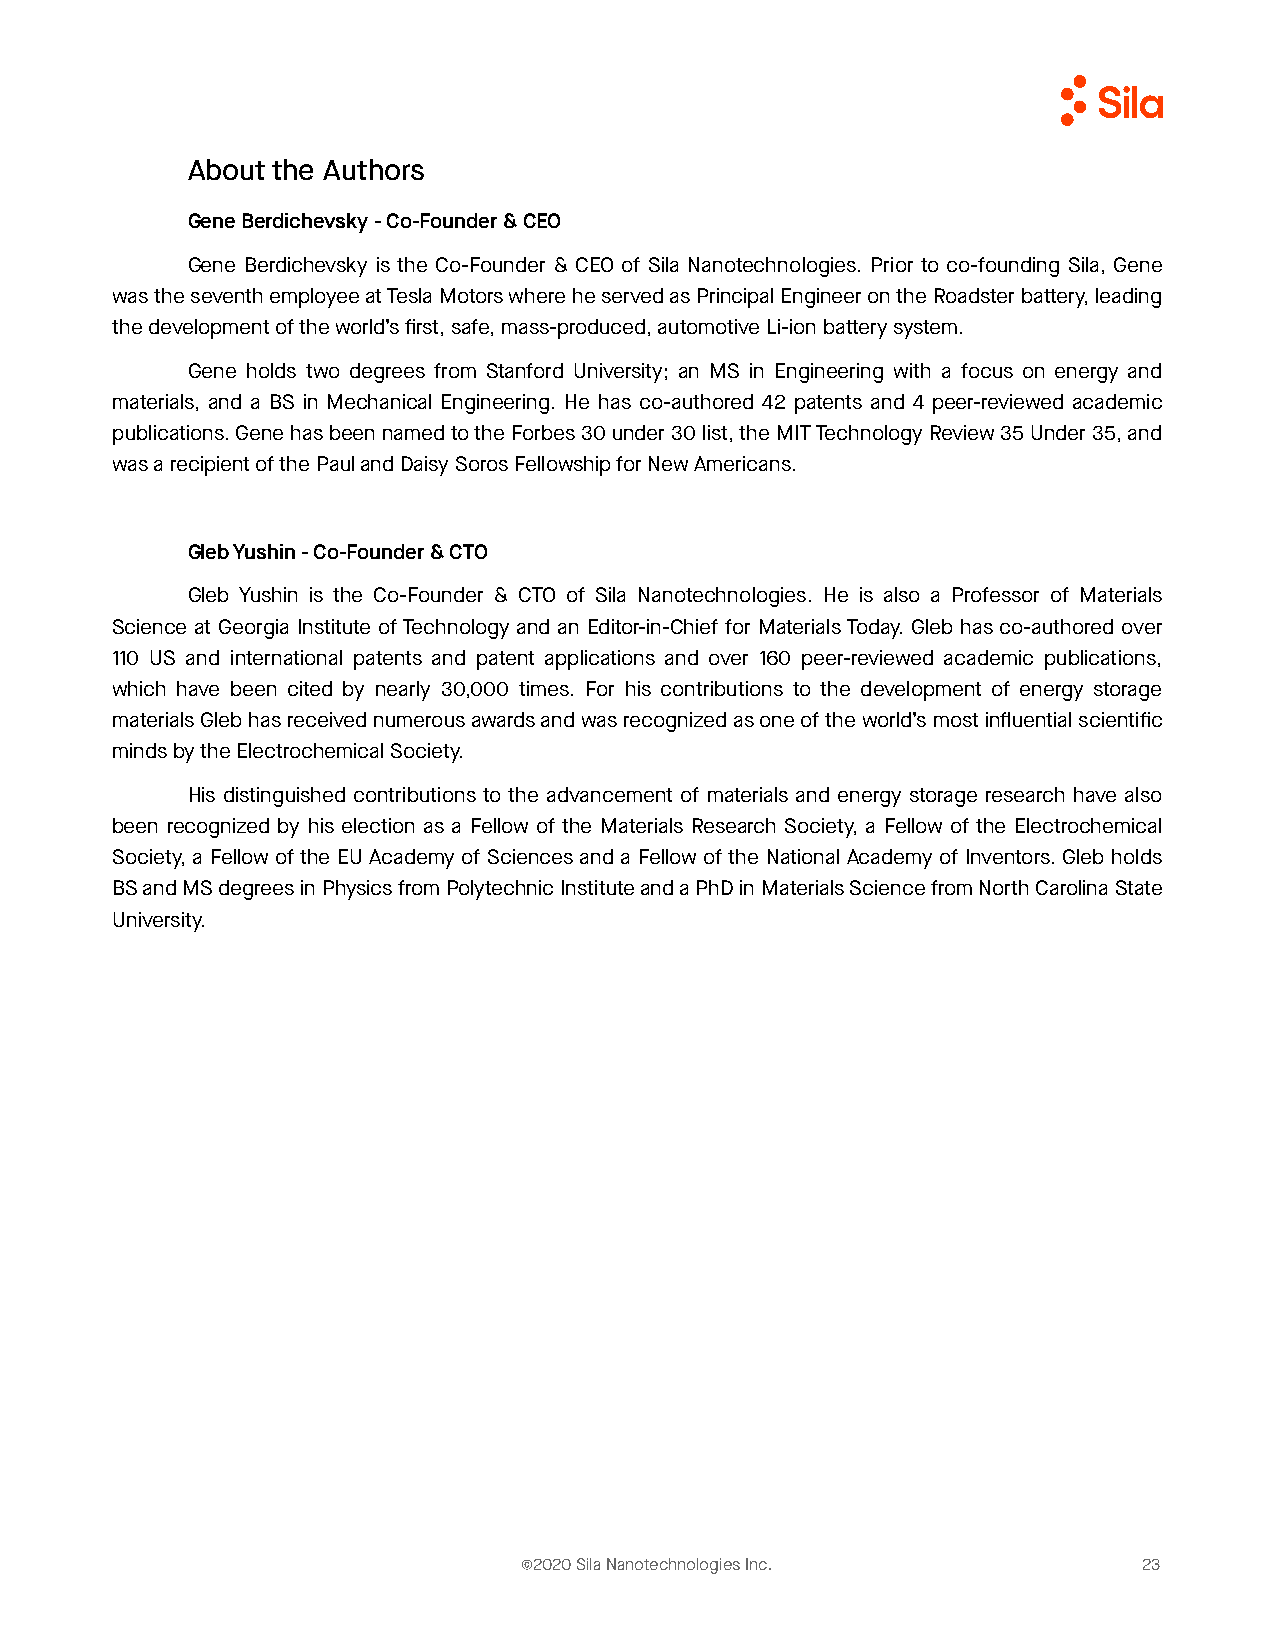
About the Authors
 Gene Berdichevsky - Co-Founder & CEO
 Gene Berdichevsky is the Co-Founder & CEO of Sila Nanotechnologies. Prior to co-founding Sila, Gene
 was the seventh employee at Tesla Motors where he served as Principal Engineer on the Roadster battery, leading
 the development of the world’s first, safe, mass-produced, automotive Li-ion battery system.
 Gene holds two degrees from Stanford University; an MS in Engineering with a focus on energy and
 materials, and a BS in Mechanical Engineering. He has co-authored 42 patents and 4 peer-reviewed academic
 publications. Gene has been named to the Forbes 30 under 30 list, the MIT Technology Review 35 Under 35, and
 was a recipient of the Paul and Daisy Soros Fellowship for New Americans.
 Gleb Yushin - Co-Founder & CTO
 Gleb Yushin is the Co-Founder & CTO of Sila Nanotechnologies. He is also a Professor of Materials
 Science at Georgia Institute of Technology and an Editor-in-Chief for Materials Today. Gleb has co-authored over
 110 US and international patents and patent applications and over 160 peer-reviewed academic publications,
 which have been cited by nearly 30,000 times. For his contributions to the development of energy storage
 materials Gleb has received numerous awards and was recognized as one of the world’s most influential scientific
 minds by the Electrochemical Society.
 His distinguished contributions to the advancement of materials and energy storage research have also
 been recognized by his election as a Fellow of the Materials Research Society, a Fellow of the Electrochemical
 Society, a Fellow of the EU Academy of Sciences and a Fellow of the National Academy of Inventors. Gleb holds
 BS and MS degrees in Physics from Polytechnic Institute and a PhD in Materials Science from North Carolina State
 University.
 ©2020 Sila Nanotechnologies Inc.          23